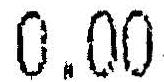
0.00